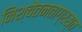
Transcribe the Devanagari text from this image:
निश्चेतनताग्रस्त